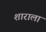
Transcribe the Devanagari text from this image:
शाराला